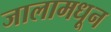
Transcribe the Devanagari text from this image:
जालामधून